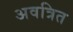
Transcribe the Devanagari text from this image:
अवत्रित